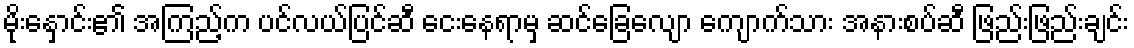
မိုးနှောင်း၏ အကြည့်က ပင်လယ်ပြင်ဆီ ငေးနေရာမှ ဆင်ခြေလျော ကျောက်သား အနားစပ်ဆီ ဖြည်းဖြည်းချင်း